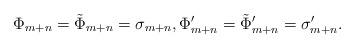
LaTeX: \begin{align*}\Phi_{m+n}=\tilde{\Phi}_{m+n}=\sigma_{m+n}, \Phi'_{m+n}=\tilde{\Phi}'_{m+n}=\sigma'_{m+n}.\end{align*}